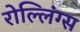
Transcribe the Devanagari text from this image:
रोल्लिंग्स